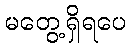
မတွေ့ရှိရပေ